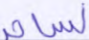
لساحر